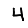
Digit: 4